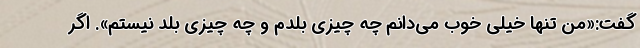
گفت:«من تنها خیلی خوب می‌دانم چه چیزی بلدم و چه چیزی بلد نیستم». اگر